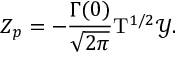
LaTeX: { Z _ { p } } = - { \frac { \Gamma ( 0 ) } { \sqrt { 2 \pi } } } { { \mathrm { T } } ^ { 1 / 2 } } \mathcal { Y } .